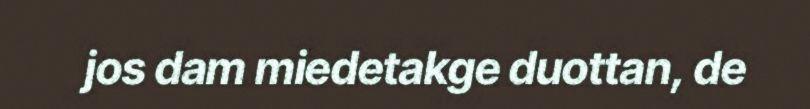
jos dam miedetakge duottan, de